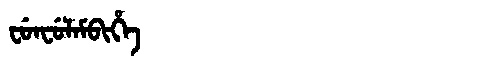
Manchu: ᠸᡠᠨᠸᡠᠯᠠᠮᠪᡳᡥᡝ
Romanization: FUNFULAMBIHE